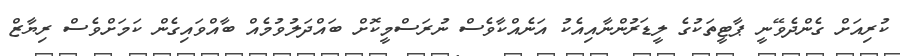
ކުރިއަށް ގެންދެވޭނީ ޕާޓީތަކުގެ ލީޑަރުންނާއިއެކު އަނެއްކާވެސް ނުރަސްމީކޮށް ބައްދަލުވުމެއް ބާއްވައިގެން ކަމަށްވެސް ރިޔާޒް